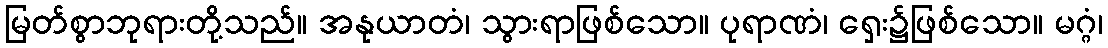
မြတ်စွာဘုရားတို့သည်။ အနုယာတံ၊ သွားရာဖြစ်သော။ ပုရာဏံ၊ ရှေး၌ဖြစ်သော။ မဂ္ဂံ၊